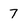
Character: 7